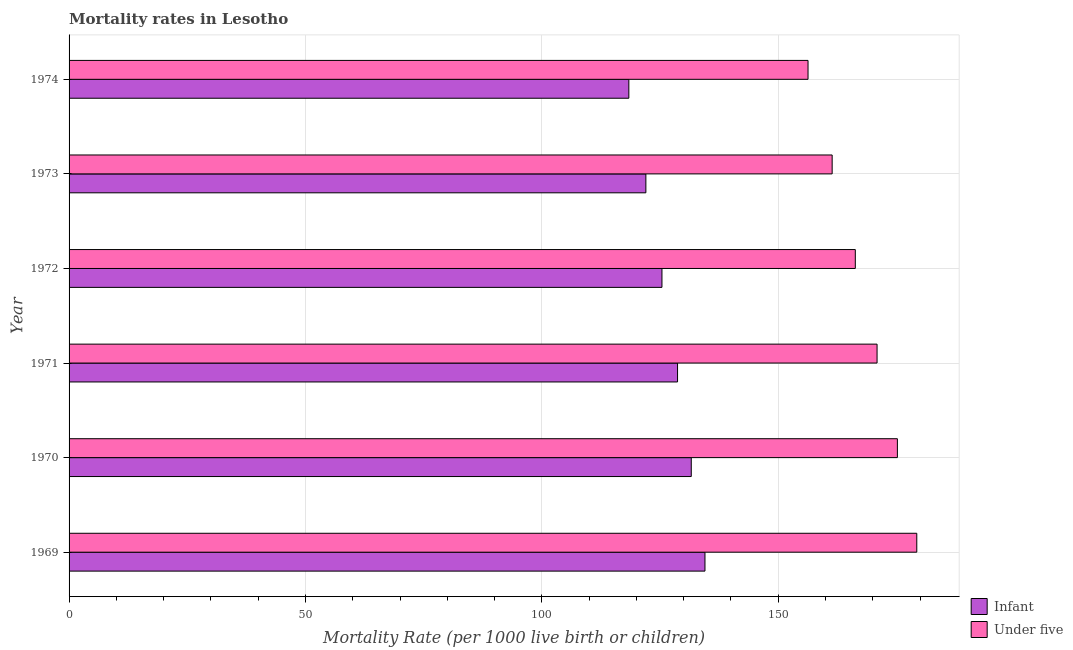
| Year | Infant | Under five |
 | --- | --- | --- |
 | 1969 | 134 | 179 |
 | 1970 | 132 | 175 |
 | 1971 | 129 | 171 |
 | 1972 | 125 | 166 |
 | 1973 | 122 | 161 |
 | 1974 | 118 | 156 |